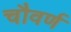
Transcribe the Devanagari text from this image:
चौवर्ण